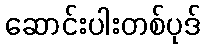
ဆောင်းပါးတစ်ပုဒ်